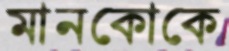
মানকোকে